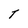
Character: T